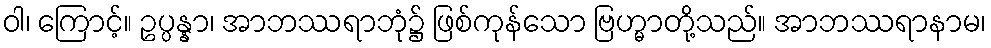
ဝါ၊ ကြောင့်။ ဥပ္ပန္နာ၊ အာဘဿရာဘုံ၌ ဖြစ်ကုန်သော ဗြဟ္မာတို့သည်။ အာဘဿရာနာမ၊